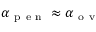
\alpha _ { \mathrm { ~ p ~ e ~ n ~ } } \approx \alpha _ { \mathrm { ~ o ~ v ~ } }